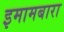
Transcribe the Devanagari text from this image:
इमामबारा